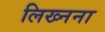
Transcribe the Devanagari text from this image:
लिख्नना